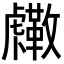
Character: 𧈓